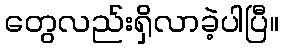
တွေလည်းရှိလာခဲ့ပါပြီ။